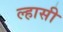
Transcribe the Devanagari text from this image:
ल्हासी